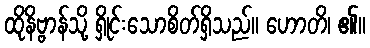
ထိုနိဗ္ဗာန်သို့ ရှိုင်းသောစိတ်ရှိသည်။ ဟောတိ၊ ၏။